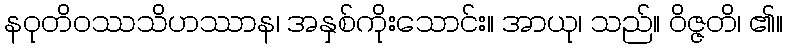
နဝုတိဝဿသိဟဿာန၊ အနှစ်ကိုးသောင်း။ အာယု၊ သည်။ ဝိဇ္ဇတိ၊ ၏။